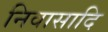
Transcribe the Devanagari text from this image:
निवासादि